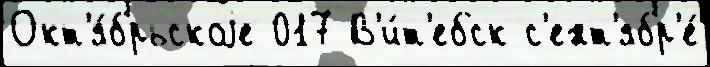
Окт'я́брьскоjе 017 В'и́т'ебск с'ент'ябр'е́